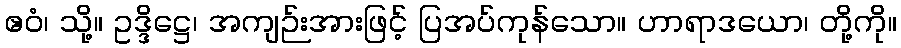
ဧဝံ၊ သို့။ ဥဒ္ဒိဋ္ဌေ၊ အကျဉ်းအားဖြင့် ပြအပ်ကုန်သော။ ဟာရာဒယော၊ တို့ကို။